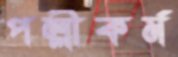
পল্লীকর্ম